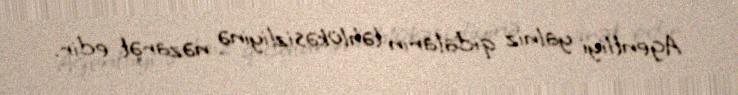
Agentliyi yalnız qidaların təhlükəsizliyinə nəzarət edir.